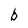
Character: b